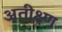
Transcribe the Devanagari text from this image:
अतीक्ष्ण